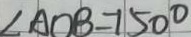
\angle A O B = 1 5 0 ^ { \circ }